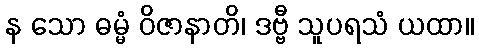
န သော ဓမ္မံ ဝိဇာနာတိ၊ ဒဗ္ဗီ သူပရသံ ယထာ။